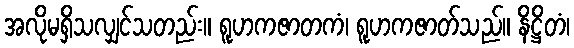
အလိုမရှိသလျှင်သတည်း။ ရူဟကဇာတကံ၊ ရူဟကဇာတ်သည်။ နိဋ္ဌိတံ၊